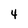
Character: 4